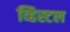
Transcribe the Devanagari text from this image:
व्हिस्टल